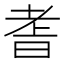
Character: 𮋝